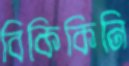
বিকিকিনি